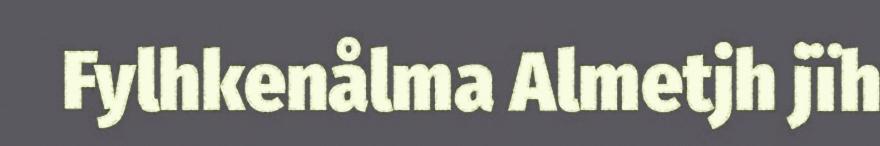
Fylhkenålma Almetjh jïh